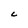
Character: C